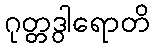
ဂုတ္တဒွါရောတိ